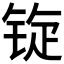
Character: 𫓷